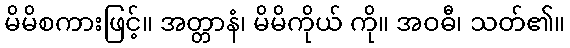
မိမိစကားဖြင့်။ အတ္တာနံ၊ မိမိကိုယ် ကို။ အဝဓီ၊ သတ်၏။